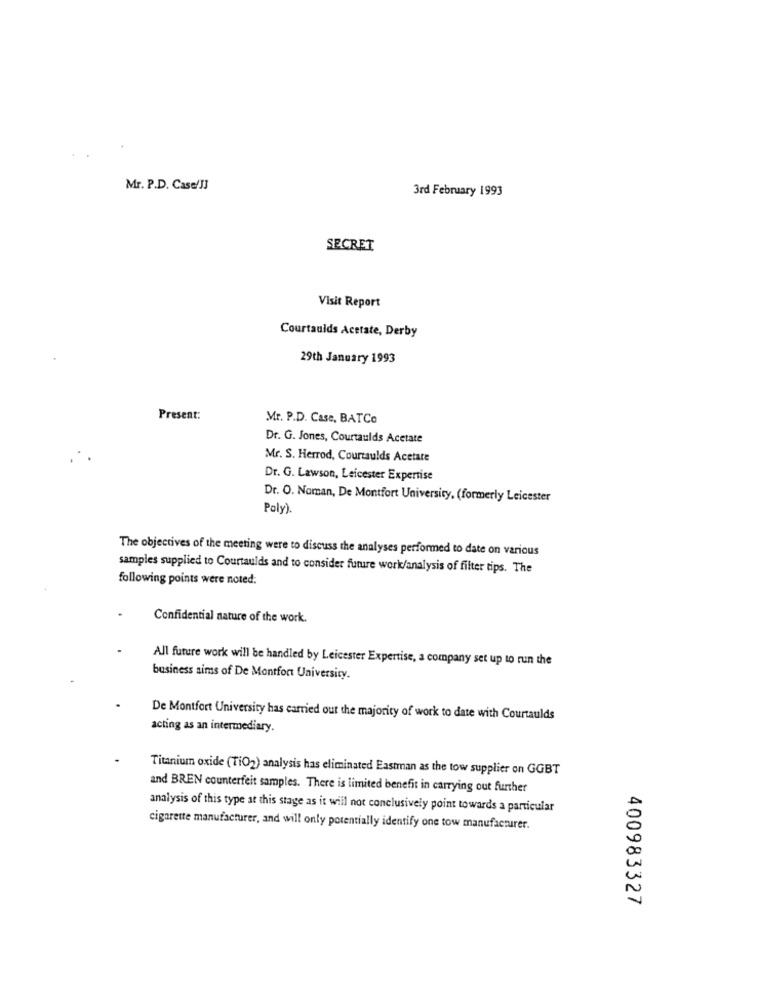
Mr. P.D. Case/JJ
3rd February 1993
SECRET
Visit Report
Courtaulds Acetate, Derby
29th January 1993
Present:
Mr. P.D. Case, BATCo
Dr. G. Jones, Courtaulds Acetate
Mr. S. Herrod, Courtaulds Acetate
Dr. G. Lawson, Leicester Expertise
Dr. O. Naman, De Montfort University, (formerly Leicester
Poly).
The objectives of the meeting were to discuss the analyses performed to date on various
samples supplied to Courtaulds and to consider future work/analysis of filter tips. The
following points were noted:
Confidential nature of the work.
All future work will be handled by Leicester Expertise, a company set up to run the
business sims of De Montfort University.
De Montfort University has carried out the majority of work to date with Courtaulds
acting as an intermediary.
Titanium oxide (TiO2) analysis has eliminated Eastman as the tow supplier on GGBT
and BREN counterfeit samples. There is limited benefit in carrying out further
analysis of this type at this stage as it will not conclusively point towards a particular
cigarette manufacturer, and will only potentially identify one tow manufacturer.
400983327